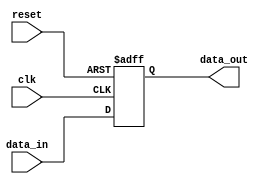
module FallbackBypassRegister (
    input wire clk,
    input wire reset,
    input wire [31:0] data_in,
    output reg [31:0] data_out
);

reg [31:0] backup_data;

always @(posedge clk or posedge reset) begin
    if (reset) begin
        backup_data <= 32'h0;
    end else begin
        backup_data <= data_in;
    end
end

assign data_out = backup_data;

endmodule